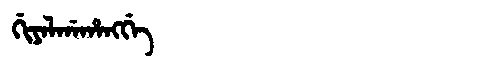
Manchu: ᡤᡳᠶᠠᠯᡤᠠᡥᠠᠩᡤᡝ
Romanization: GIYALGAHANGGE